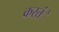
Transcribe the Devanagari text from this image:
करतंे